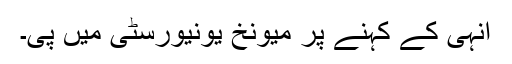
انہی کے کہنے پر میونخ یونیورسٹی میں پی۔